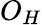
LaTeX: O_{H}